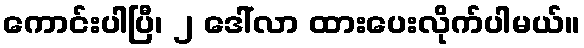
ကောင်းပါပြီ၊ ၂ ဒေါ်လာ ထားပေးလိုက်ပါမယ်။